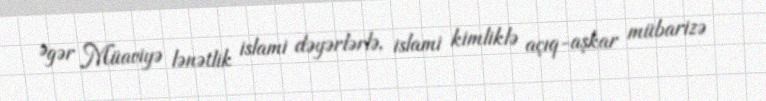
Əgər Müaviyə lənətlik islami dəyərlərlə, islami kimliklə açıq-aşkar mübarizə